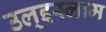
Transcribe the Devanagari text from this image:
उल्‌इस्लाम